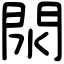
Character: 閖